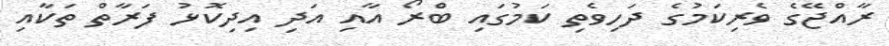
ރާއްޖޭގެ ވެރިކަމުގެ ދަހިވެތި ކަމުގައި ބްރޯ އާއި އަދި އިދިކޮޅު ފަރާތް ތަކާއި